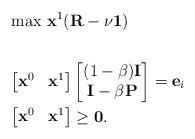
LaTeX: \begin{align*}& \max \, \mathbf{x}^{1}(\mathbf{R} - \nu \mathbf{1}) \\& \\& \begin{bmatrix} \mathbf{x}^{0} & \mathbf{x}^{1} \end{bmatrix}\begin{bmatrix} (1-\beta) \mathbf{I} \\\mathbf{I} - \beta \mathbf{P} \end{bmatrix} = \mathbf{e}_i \\& \begin{bmatrix} \mathbf{x}^{0} & \mathbf{x}^{1} \end{bmatrix} \geq \mathbf{0}.\end{align*}